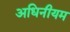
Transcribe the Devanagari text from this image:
अधिनीयम